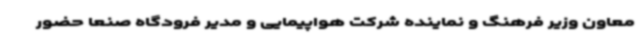
معاون وزیر فرهنگ و نماینده شرکت هواپیمایی و مدیر فرودگاه صنعا حضور